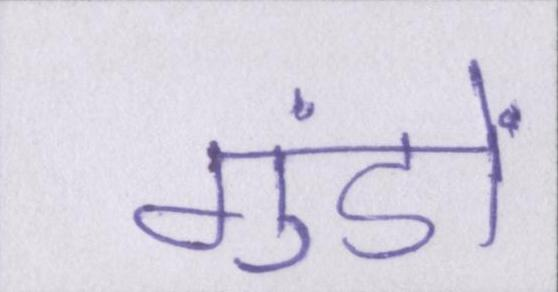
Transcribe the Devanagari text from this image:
गुंडों